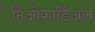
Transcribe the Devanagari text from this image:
मिओकार्डिअल